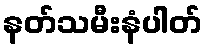
နတ်သမီးနံပါတ်